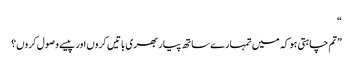
“
”تم چاہتی ہو کہ میں تمہارے ساتھ پیار بھری باتیں کروں اور پیسے وصول کروں؟